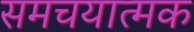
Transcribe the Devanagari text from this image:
समचयात्मक